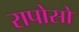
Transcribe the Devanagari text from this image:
रापोसो